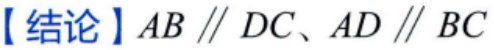
【结论】$AB \parallel DC、AD \parallel BC$